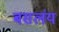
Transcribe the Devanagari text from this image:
बसलंय